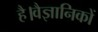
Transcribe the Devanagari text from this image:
है।वैज्ञानिकों